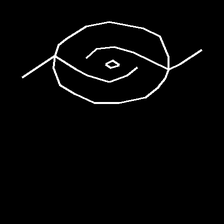
Glyph: repetition